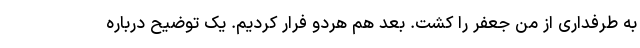
به طرفداری از من جعفر را کشت. بعد هم هردو فرار کردیم. یک توضیح درباره